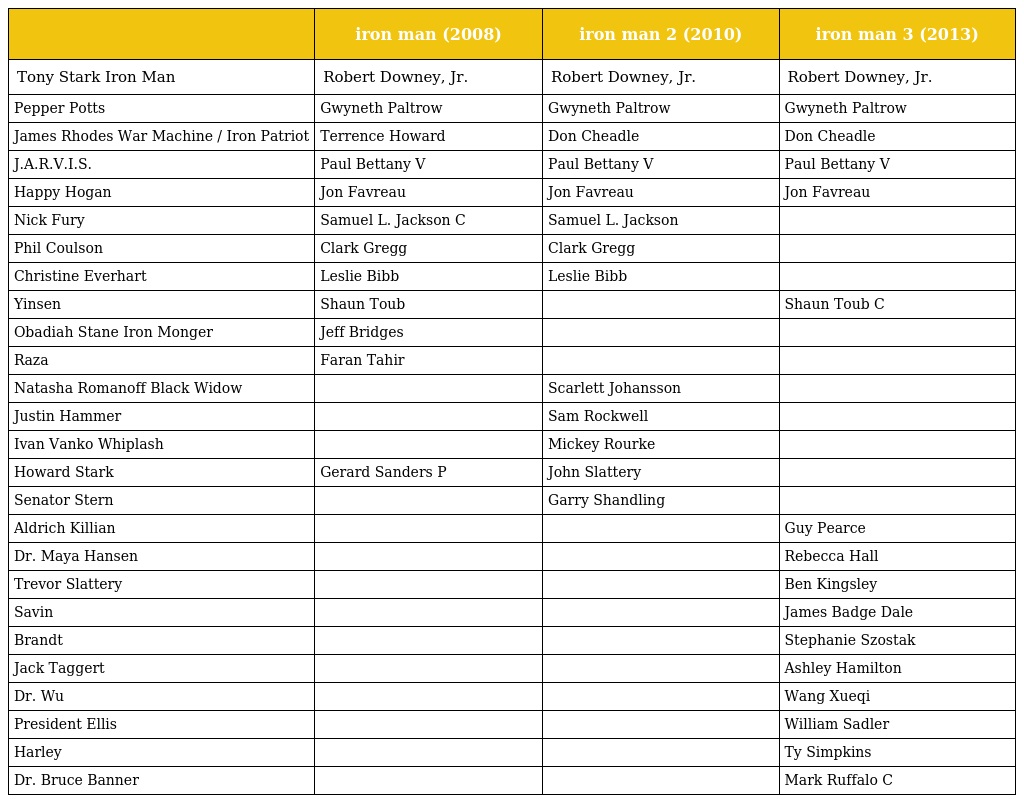
|  | iron man (2008) | iron man 2 (2010) | iron man 3 (2013) |
 | --- | --- | --- | --- |
 | Tony Stark Iron Man | Robert Downey, Jr. | Robert Downey, Jr. | Robert Downey, Jr. |
 | Pepper Potts | Gwyneth Paltrow | Gwyneth Paltrow | Gwyneth Paltrow |
 | James Rhodes War Machine / Iron Patriot | Terrence Howard | Don Cheadle | Don Cheadle |
 | J.A.R.V.I.S. | Paul Bettany V | Paul Bettany V | Paul Bettany V |
 | Happy Hogan | Jon Favreau | Jon Favreau | Jon Favreau |
 | Nick Fury | Samuel L. Jackson C | Samuel L. Jackson |  |
 | Phil Coulson | Clark Gregg | Clark Gregg |  |
 | Christine Everhart | Leslie Bibb | Leslie Bibb |  |
 | Yinsen | Shaun Toub |  | Shaun Toub C |
 | Obadiah Stane Iron Monger | Jeff Bridges |  |  |
 | Raza | Faran Tahir |  |  |
 | Natasha Romanoff Black Widow |  | Scarlett Johansson |  |
 | Justin Hammer |  | Sam Rockwell |  |
 | Ivan Vanko Whiplash |  | Mickey Rourke |  |
 | Howard Stark | Gerard Sanders P | John Slattery |  |
 | Senator Stern |  | Garry Shandling |  |
 | Aldrich Killian |  |  | Guy Pearce |
 | Dr. Maya Hansen |  |  | Rebecca Hall |
 | Trevor Slattery |  |  | Ben Kingsley |
 | Savin |  |  | James Badge Dale |
 | Brandt |  |  | Stephanie Szostak |
 | Jack Taggert |  |  | Ashley Hamilton |
 | Dr. Wu |  |  | Wang Xueqi |
 | President Ellis |  |  | William Sadler |
 | Harley |  |  | Ty Simpkins |
 | Dr. Bruce Banner |  |  | Mark Ruffalo C |